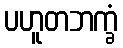
ပဟူတဘက္ခံ